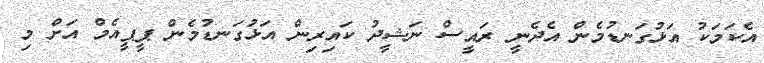
އެކަމަކު އަޅުގަނޑުމެން އެދެނީ ރައީސް ނަޝީދު ކައިރިން އަޅުގަނޑުމެން ޕީޕީއެމް އަށް މި